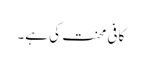
کافی محنت کی ہے۔